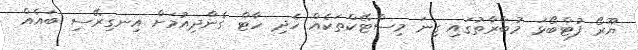
ޔޫރޯ ފުޓްބޯޅަ މުބާރާތުގައި ގިނަ މިސްޓޭކްތަކެއް ހެދި ހާޓް ގެންދިއުމަށް އިނގިރޭސި ބައެއް